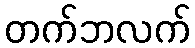
တက်ဘလက်